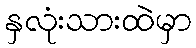
နှလုံးသားထဲမှာ